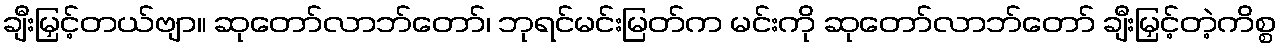
ချီးမြှင့်တယ်ဗျာ။ ဆုတော်လာဘ်တော်၊ ဘုရင်မင်းမြတ်က မင်းကို ဆုတော်လာဘ်တော် ချီးမြှင့်တဲ့ကိစ္စ